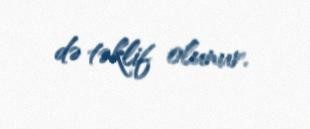
də təklif olunur.